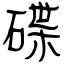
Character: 碟